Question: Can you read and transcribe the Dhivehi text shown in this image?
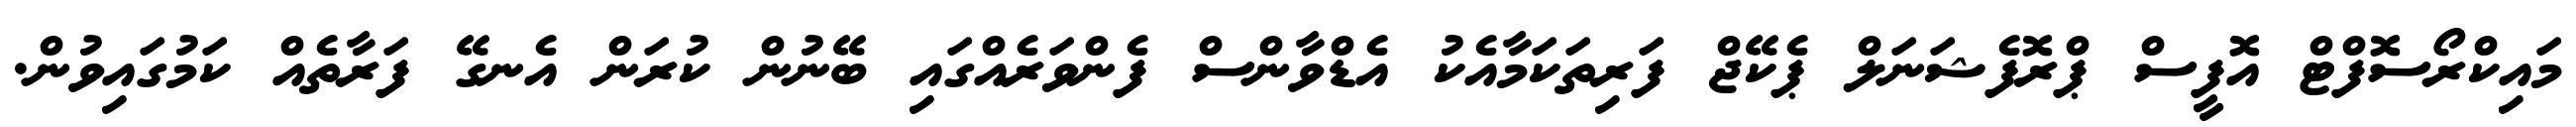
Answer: މައިކްރޯސޮފްޓް އޮފީސް ޕްރޮފެޝަނަލް ޕެކޭޖް ފަރިތަކަމާއެކު އެޑްވާންސް ފެންވަރެއްގައި ބޭނުން ކުރަން އެނގޭ ފަރާތެއް ކަމުގައިވުން.